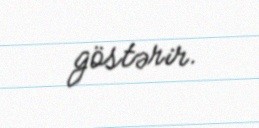
göstərir.